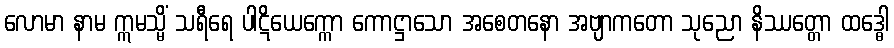
လောမာ နာမ ဣမသ္မိံ သရီရေ ပါဋိယေက္ကော ကောဋ္ဌာသော အစေတနော အဗျာကတော သုညော နိဿတ္တော ထဒ္ဓေါ